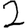
Digit: 2